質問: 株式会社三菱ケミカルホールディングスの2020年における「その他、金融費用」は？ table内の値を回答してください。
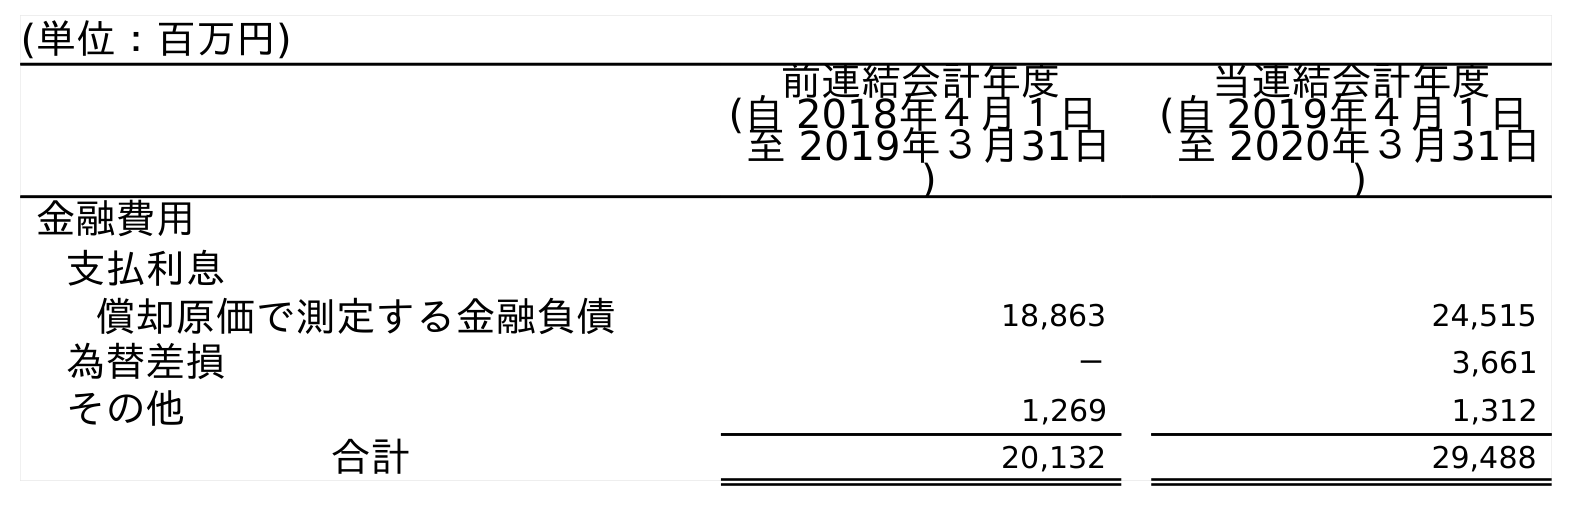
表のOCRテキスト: (単位：百万円) 前連結会計年度 (自 2018年４月１日 至 2019年３月31日 ) 当連結会計年度 (自 2019年４月１日 至 2020年３月31日 ) 金融費用 支払利息 償却原価で測定する金融負債 18,863 24,515 為替差損 － 3,661 その他 1,269 1,312 合計 20,132 29,488
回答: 1,312